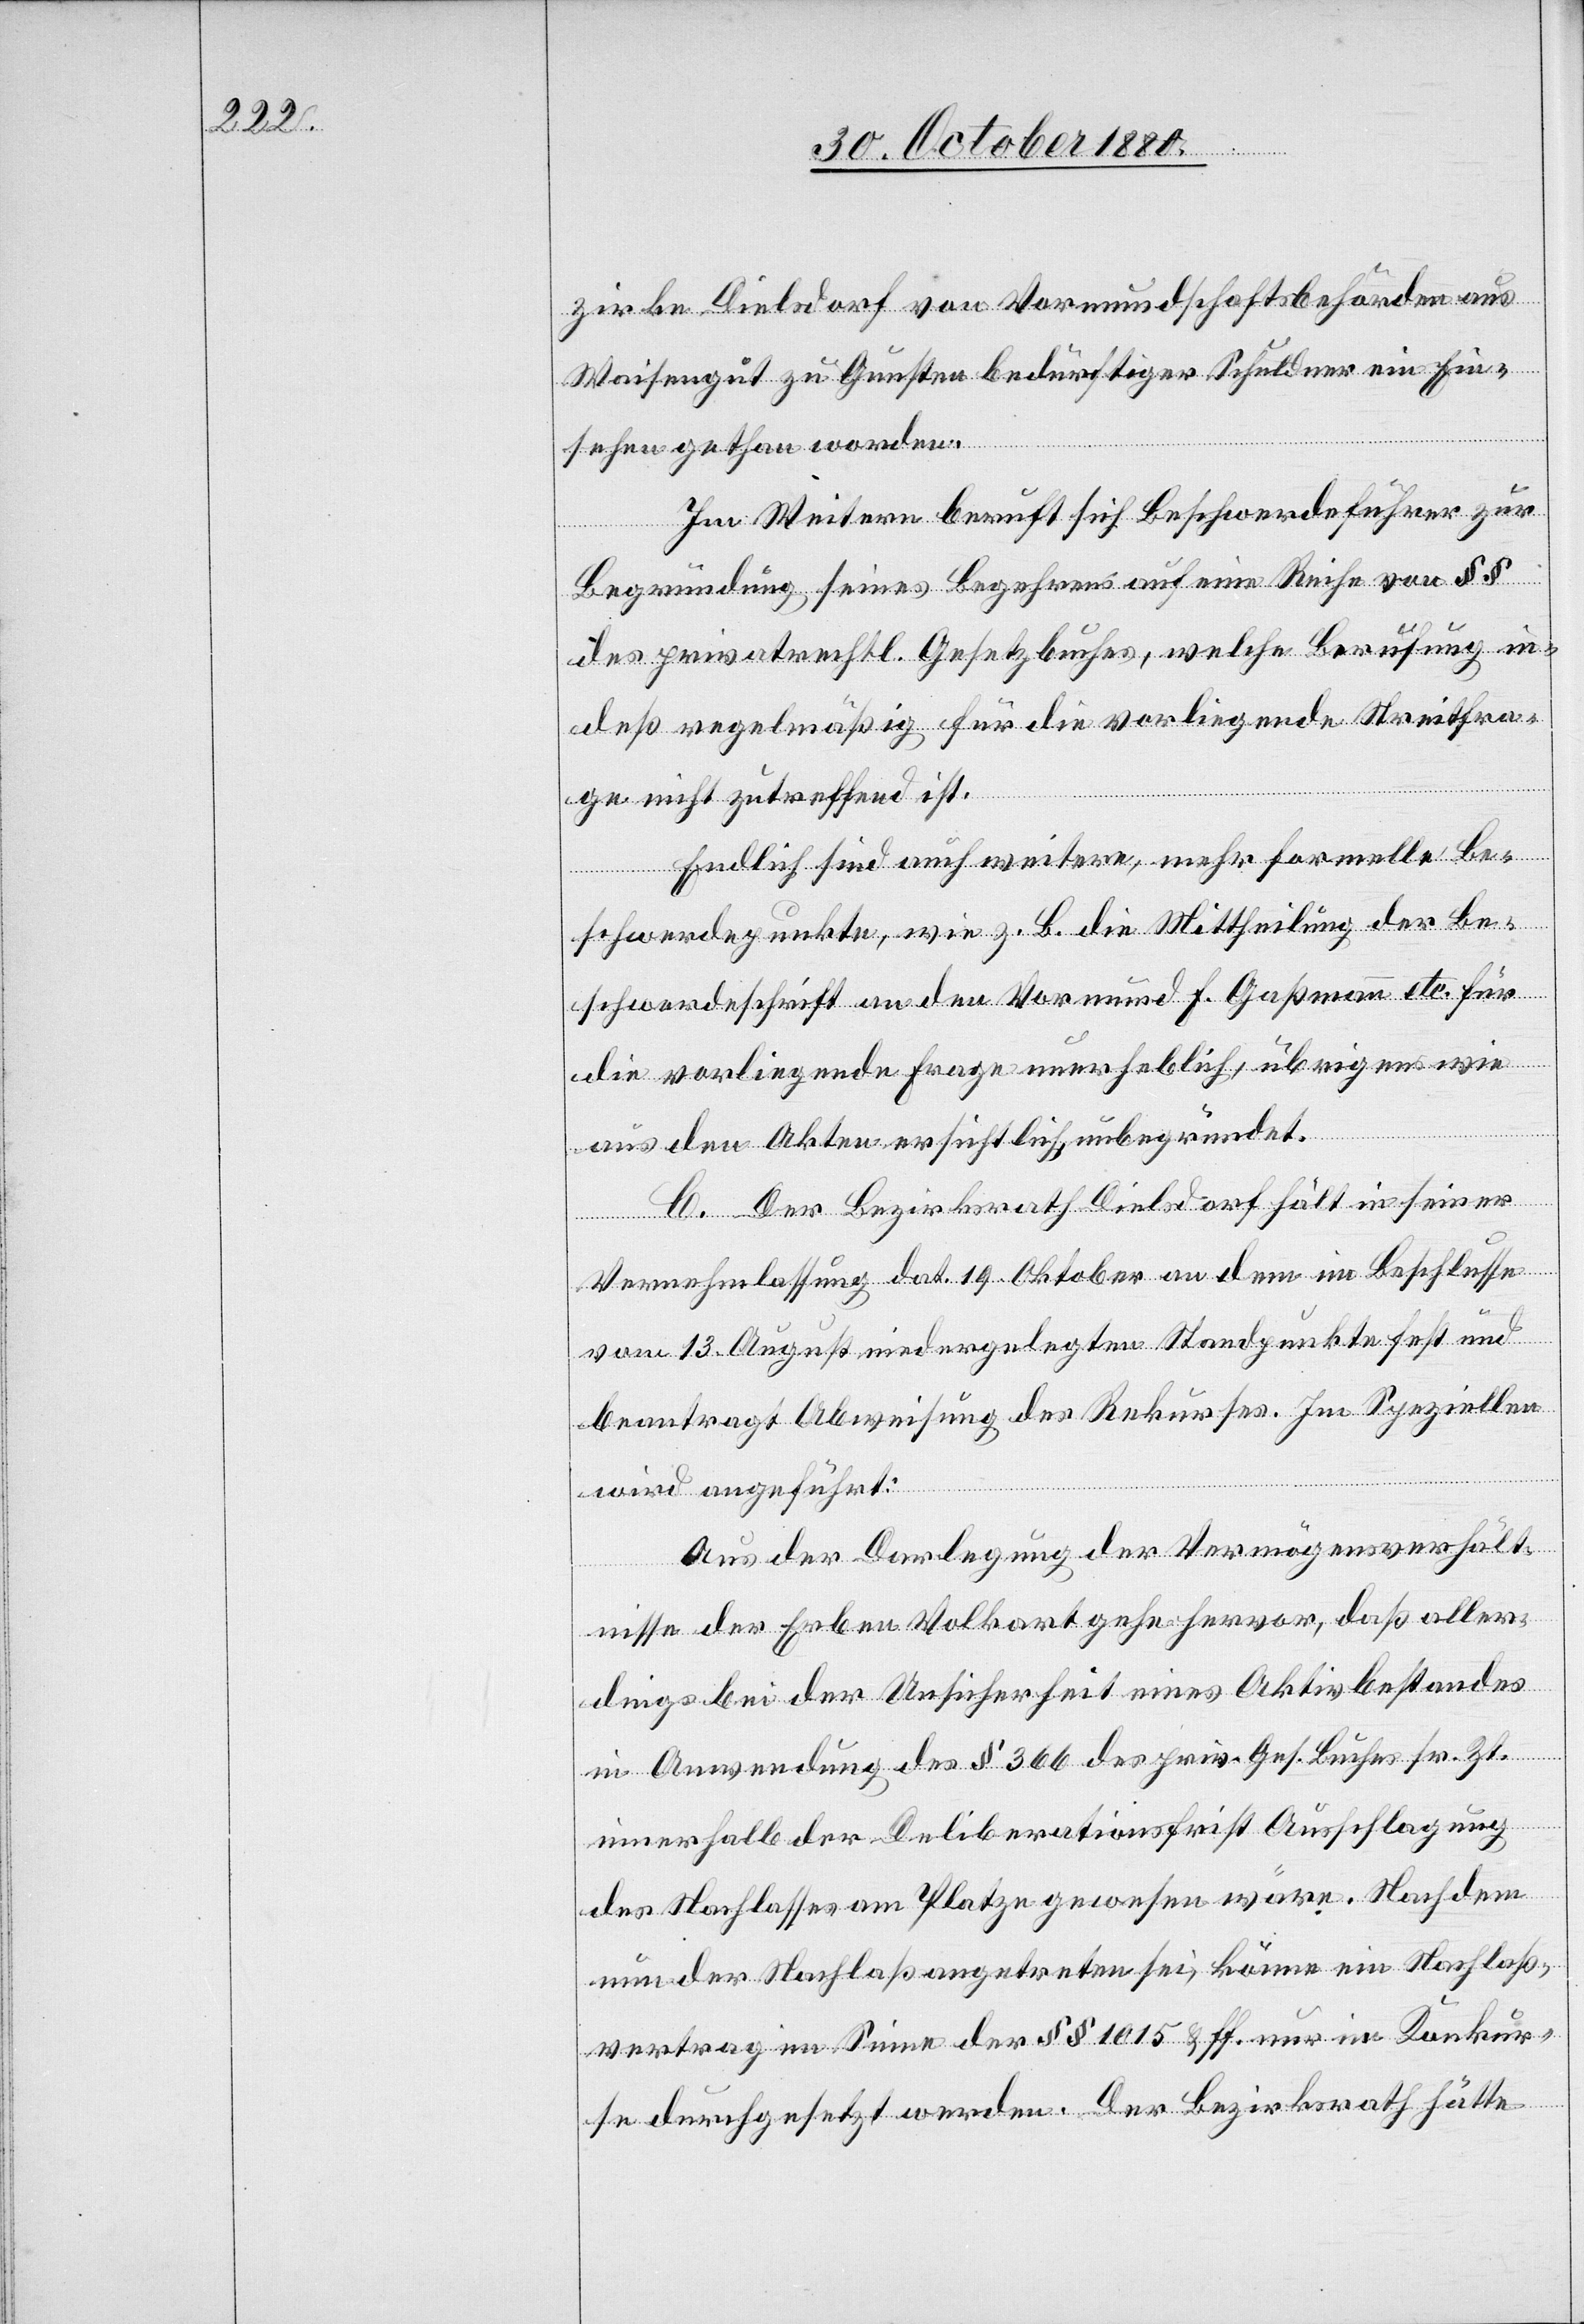
zirke Dielsdorf von Vormundschaftsbehörden aus
Waisengut zu Gunsten bedürftiger Schuldner ein Ein¬
sehen gethan worden.
Im Weitern beruft sich Beschwerdeführer zur
Begründung seines Begehrens auf eine Reihe von §§
des privatrechtl. Gesetzbuches, welche Berufung in¬
deß regelmäßig für die vorliegende Streitfra¬
ge nicht zutreffend ist.
Endlich sind auch weitere, mehr formelle Be¬
schwerdepunkte, wie z. B. die Mittheilung der Be¬
schwerdeschrift an den Vormund F. Gaßmann etc. für
die vorliegende Frage unerheblich, übrigens wie
aus den Akten ersichtlich unbegründet.
C. Der Bezirksrath Dielsdorf hält in seiner
Vernehmlassung dat. 19. Oktober an dem im Beschlusse
vom 13. August niedergelegten Standpunkte fest und
beantragt Abweisung des Rekurses. Im Speziellen
wird angeführt:
Aus der Darlegung der Vermögensverhält¬
nisse der Erben Volkart gehe hervor, daß aller¬
dings bei der Unsicherheit eines Aktivbestandes
in Anwendung des § 366 des priv. Ges. Buches sr. Zt.
innerhalb der Deliberationsfrist Ausschlagung
des Nachlasses am Platze gewesen wäre. Nachdem
nun der Nachlaß angetreten sei, könne ein Nachlaß¬
vertrag im Sinne der §§ 1015 & ff. nur in Konkur¬
se durchgesetzt werden. Der Bezirksrath hätte